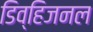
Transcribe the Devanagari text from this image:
डिव्हिजनल